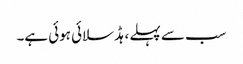
سب سے پہلے ، ہڈ سلائی ہوئی ہے۔